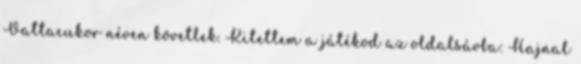
Vattacukor néven követlek. Kitettem a játékod az oldalsávba: Hajnal